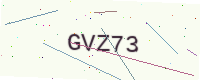
Text: GVZ73